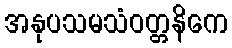
အနုပသမသံဝတ္တနိကေ